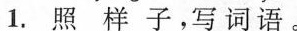
1.照样子，写词语。